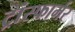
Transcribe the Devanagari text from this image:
ट्रांस्फार्मर